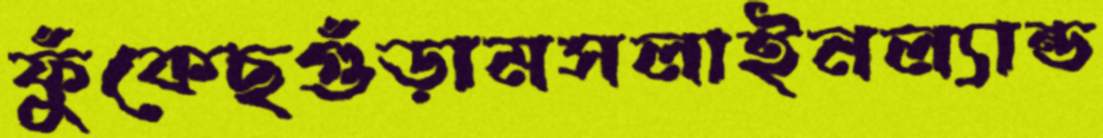
ফুঁকেছগুঁড়ামসলাইনল্যান্ড